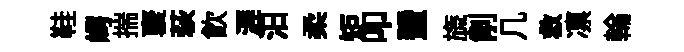
鞋崿揣裦萩飮涯汨柔矩叩蜑旒削几救凛輪